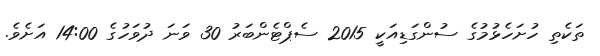
ތަކެތި ހުށަހެޅުމުގެ ސުންގަޑިއަކީ 2015 ސެޕްޓެންބަރު 30 ވަނަ ދުވަހުގެ 14:00 އަށެވެ.